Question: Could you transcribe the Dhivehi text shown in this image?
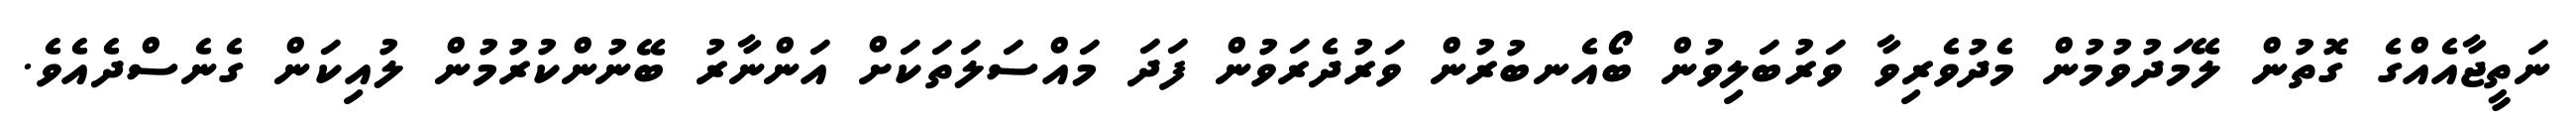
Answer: ނަތީޖާއެއްގެ ގޮތުން ލޭމަދުވުމުން މެދުވެރިވާ ވަރުބަލިވުން ބޯއެނބުރުން ވަރުދެރަވުން ފަދަ މައްސަލަތަކަށް އަންނާރު ބޭނުންކުރުމުން ލުއިކަން ގެނެސްދެއެވެ.